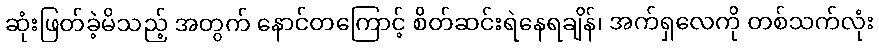
ဆုံးဖြတ်ခဲ့မိသည့် အတွက် နောင်တကြောင့် စိတ်ဆင်းရဲနေရချိန်၊ အက်ရှလေကို တစ်သက်လုံး